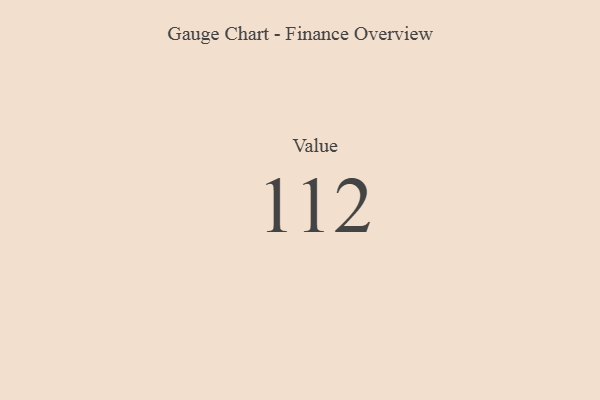
{"axis": {"x": "Metric", "y": "Value"}, "legend": [""], "data": [{"x": "Value", "y": 112, "type": ""}]}